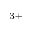
^ { 3 + }